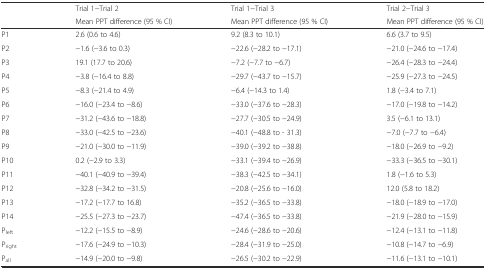
<table><thead><tr><td rowspan="2"></td><td><b>Trial 1−Trial 2</b></td><td><b>Trial 1−Trial 3</b></td><td><b>Trial 2−Trial 3</b></td></tr><tr><td><b>Mean PPT difference (95 % CI)</b></td><td><b>Mean PPT difference (95 % CI)</b></td><td><b>Mean PPT difference (95 % CI)</b></td></tr></thead><tbody><tr><td>P1</td><td>2.6 (0.6 to 4.6)</td><td>9.2 (8.3 to 10.1)</td><td>6.6 (3.7 to 9.5)</td></tr><tr><td>P2</td><td>−1.6 (−3.6 to 0.3)</td><td>−22.6 (−28.2 to −17.1)</td><td>−21.0 (−24.6 to −17.4)</td></tr><tr><td>P3</td><td>19.1 (17.7 to 20.6)</td><td>−7.2 (−7.7 to −6.7)</td><td>−26.4 (−28.3 to −24.4)</td></tr><tr><td>P4</td><td>−3.8 (−16.4 to 8.8)</td><td>−29.7 (−43.7 to −15.7)</td><td>−25.9 (−27.3 to −24.5)</td></tr><tr><td>P5</td><td>−8.3 (−21.4 to 4.9)</td><td>−6.4 (−14.3 to 1.4)</td><td>1.8 (−3.4 to 7.1)</td></tr><tr><td>P6</td><td>−16.0 (−23.4 to −8.6)</td><td>−33.0 (−37.6 to −28.3)</td><td>−17.0 (−19.8 to −14.2)</td></tr><tr><td>P7</td><td>−31.2 (−43.6 to −18.8)</td><td>−27.7 (−30.5 to −24.9)</td><td>3.5 (−6.1 to 13.1)</td></tr><tr><td>P8</td><td>−33.0 (−42.5 to −23.6)</td><td>−40.1 (−48.8 to - 31.3)</td><td>−7.0 (−7.7 to −6.4)</td></tr><tr><td>P9</td><td>−21.0 (−30.0 to −11.9)</td><td>−39.0 (−39.2 to −38.8)</td><td>−18.0 (−26.9 to −9.2)</td></tr><tr><td>P10</td><td>0.2 (−2.9 to 3.3)</td><td>−33.1 (−39.4 to −26.9)</td><td>−33.3 (−36.5 to −30.1)</td></tr><tr><td>P11</td><td>−40.1 (−40.9 to −39.4)</td><td>−38.3 (−42.5 to −34.1)</td><td>1.8 (−1.6 to 5.3)</td></tr><tr><td>P12</td><td>−32.8 (−34.2 to −31.5)</td><td>−20.8 (−25.6 to −16.0)</td><td>12.0 (5.8 to 18.2)</td></tr><tr><td>P13</td><td>−17.2 (−17.7 to 16.8)</td><td>−35.2 (−36.5 to −33.8)</td><td>−18.0 (−18.9 to −17.0)</td></tr><tr><td>P14</td><td>−25.5 (−27.3 to −23.7)</td><td>−47.4 (−36.5 to −33.8)</td><td>−21.9 (−28.0 to −15.9)</td></tr><tr><td>P<sub>left</sub></td><td>−12.2 (−15.5 to −8.9)</td><td>−24.6 (−28.6 to −20.6)</td><td>−12.4 (−13.1 to −11.8)</td></tr><tr><td>P<sub>right</sub></td><td>−17.6 (−24.9 to −10.3)</td><td>−28.4 (−31.9 to −25.0)</td><td>−10.8 (−14.7 to −6.9)</td></tr><tr><td>P<sub>all</sub></td><td>−14.9 (−20.0 to −9.8)</td><td>−26.5 (−30.2 to −22.9)</td><td>−11.6 (−13.1 to −10.1)</td></tr></tbody></table>